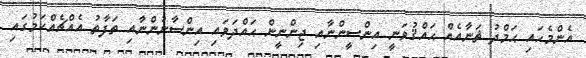
އެންމެހައި ޙަމްދު ޘަނާއެއް ޙައްޤުވަނީ އިންސީންނާއި ޖިންނީން ޙައްދަވައި އިންސާނުންނާއި ތަފާތު އެއްޗެއްކަމުގައި